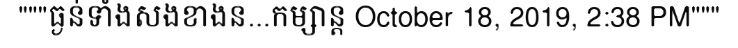
"""ធ្ងន់ទាំងសងខាងន...កម្សាន្ត October 18, 2019, 2:38 PM"""